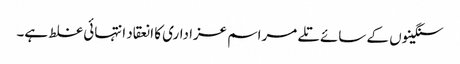
سنگینوں کے سائے تلے مراسم عزاداری کا انعقاد انتہائی غلط ہے۔